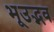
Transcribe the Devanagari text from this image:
भूउद्भव